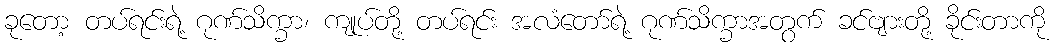
ခုတော့ တပ်ရင်းရဲ့ ဂုဏ်သိက္ခာ၊ ကျုပ်တို့ တပ်ရင်း အလံတော်ရဲ့ ဂုဏ်သိက္ခာအတွက် ခင်ဗျားတို့ ခိုင်းတာကို